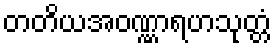
တတိယအဝဏ္ဏာရဟသုတ္တံ